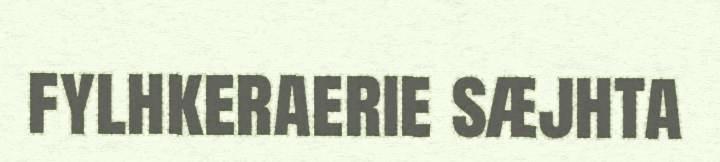
fylhkeraerie sæjhta